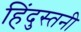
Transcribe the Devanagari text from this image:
हिंदुस्तनी